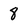
Character: 8